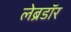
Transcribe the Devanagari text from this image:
लेब्रडॉर